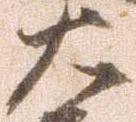
大